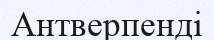
Антверпенді